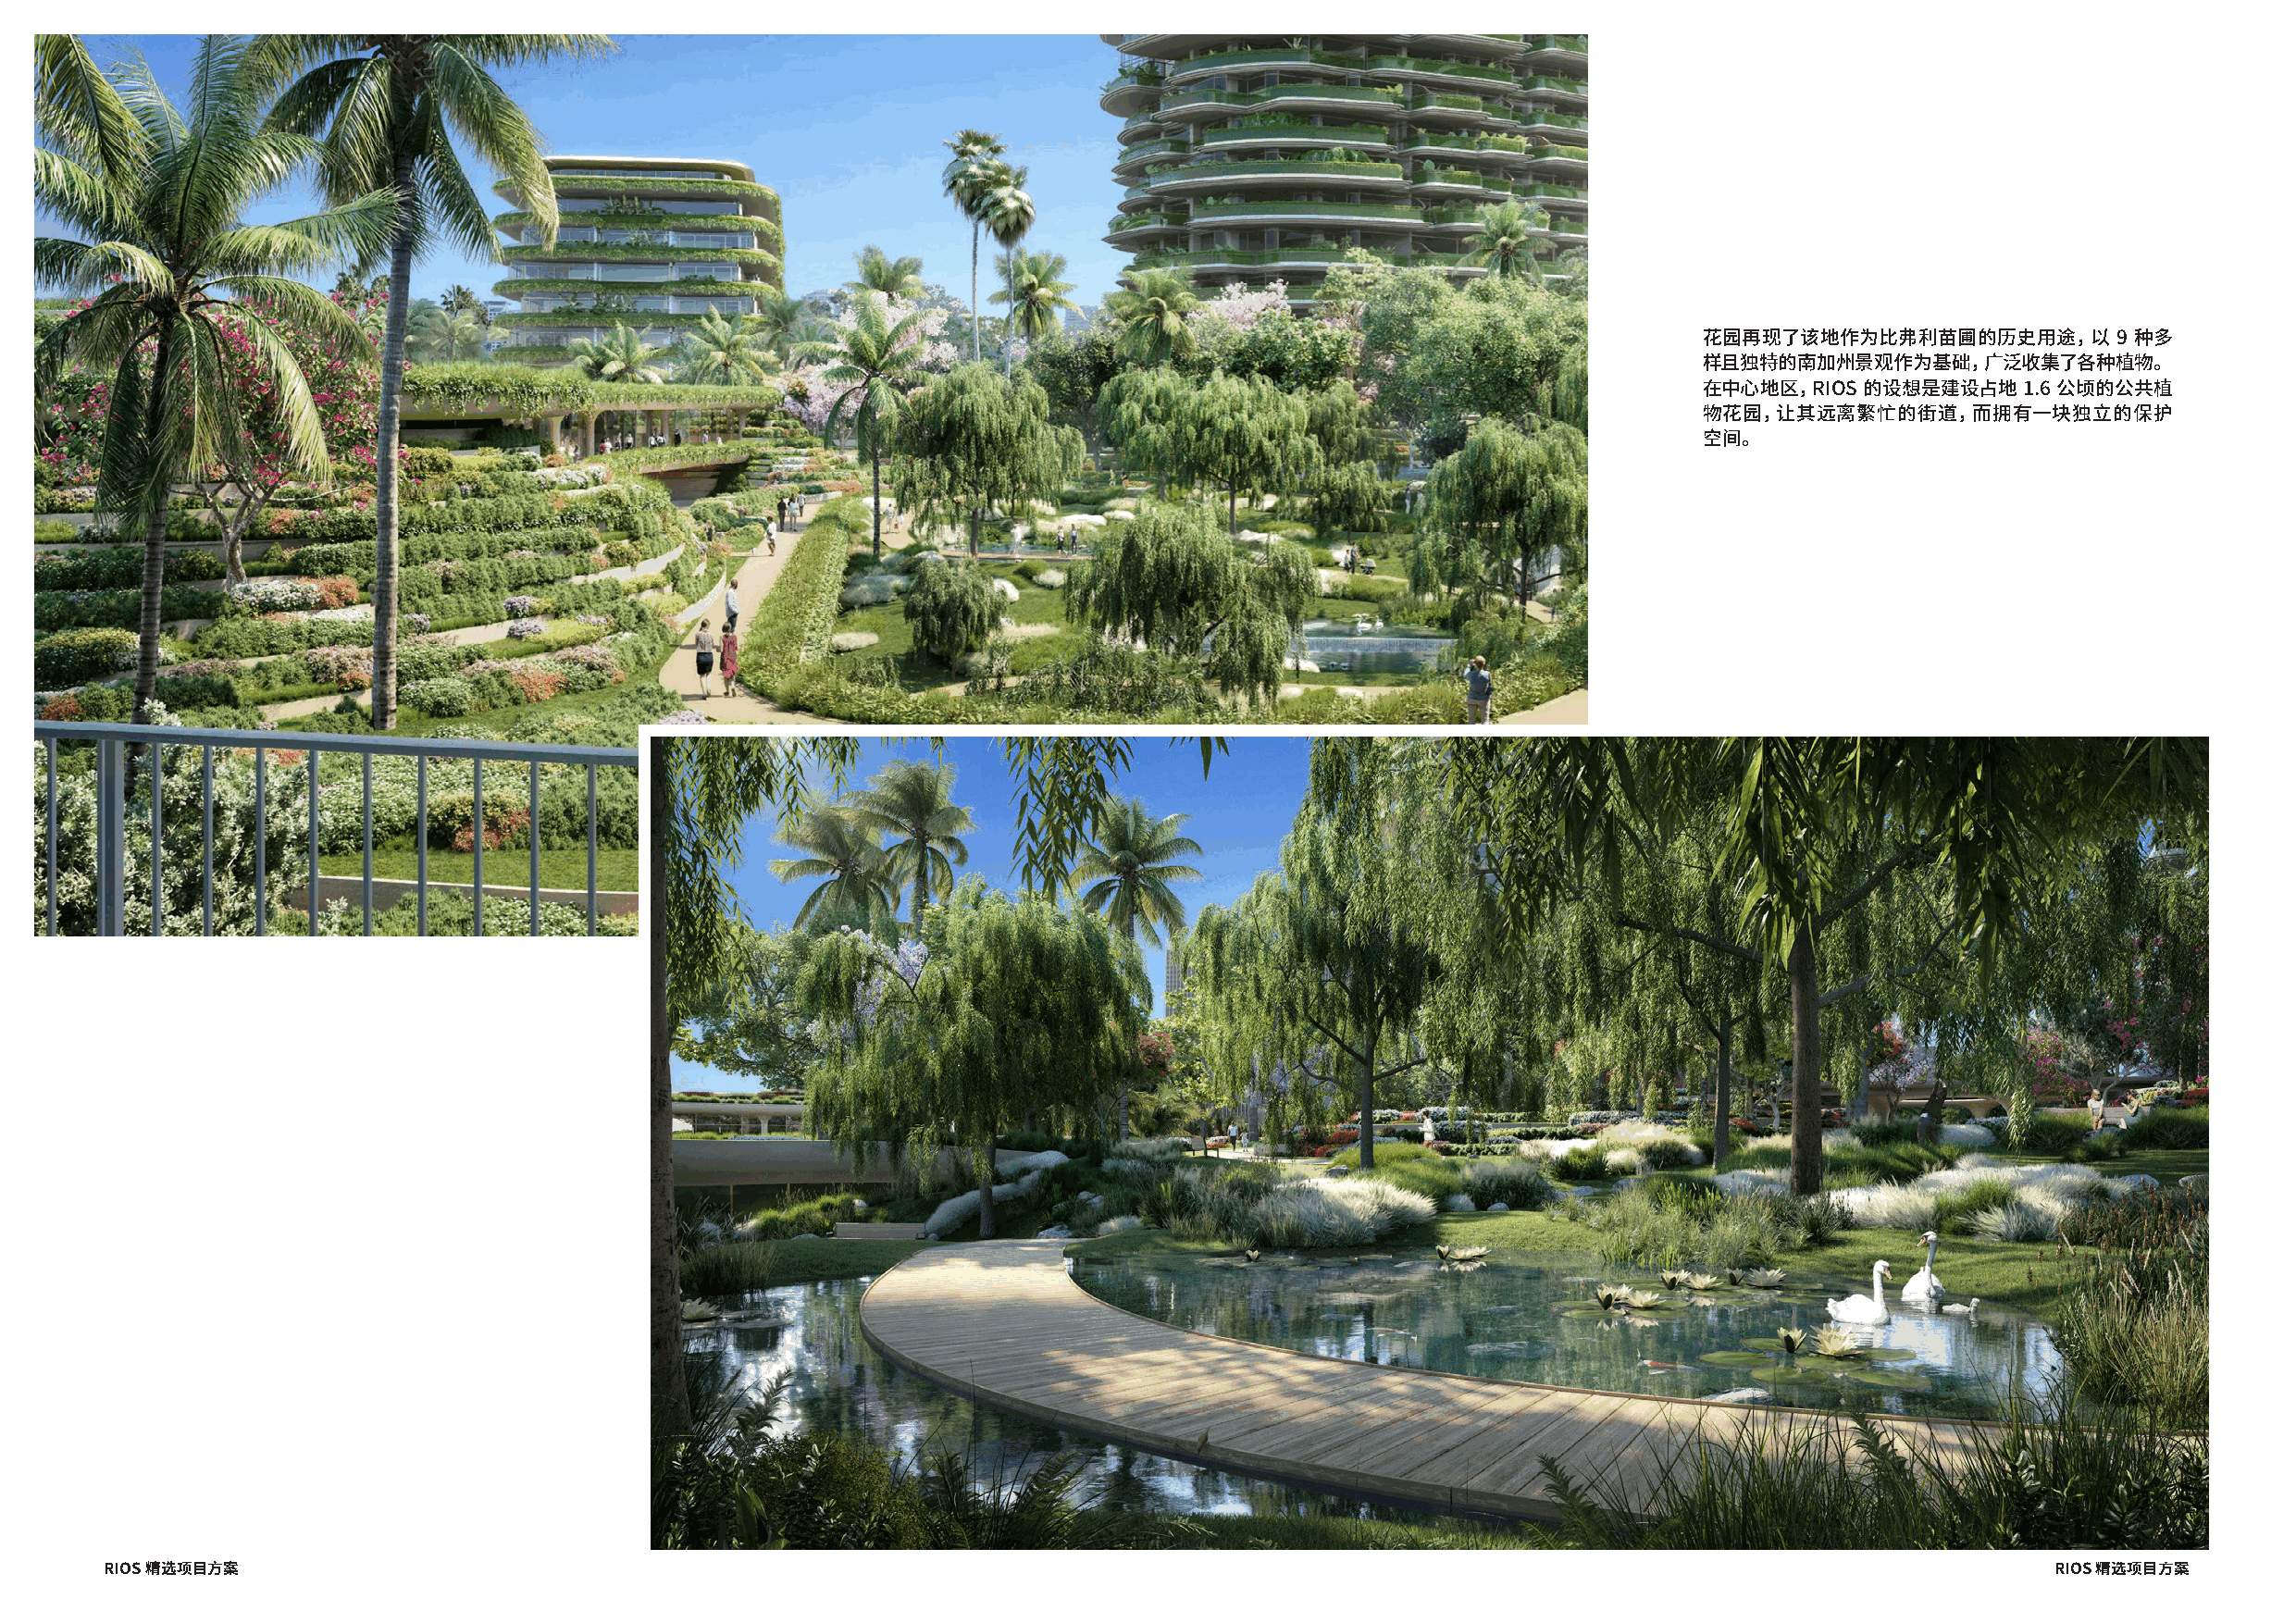
花园再现了该地作为比弗利苗圃的历史用途，以        9 种多
 样且独特的南加州景观作为基础，广泛收集了各种植物。
 在中心地区，RIOS 的设想是建设占地    1.6 公顷的公共植
 物花园，让其远离繁忙的街道，而拥有一块独立的保护
 空间。
 RIOS 精选项目方案                                                                                                                                 RIOS 精选项目方案